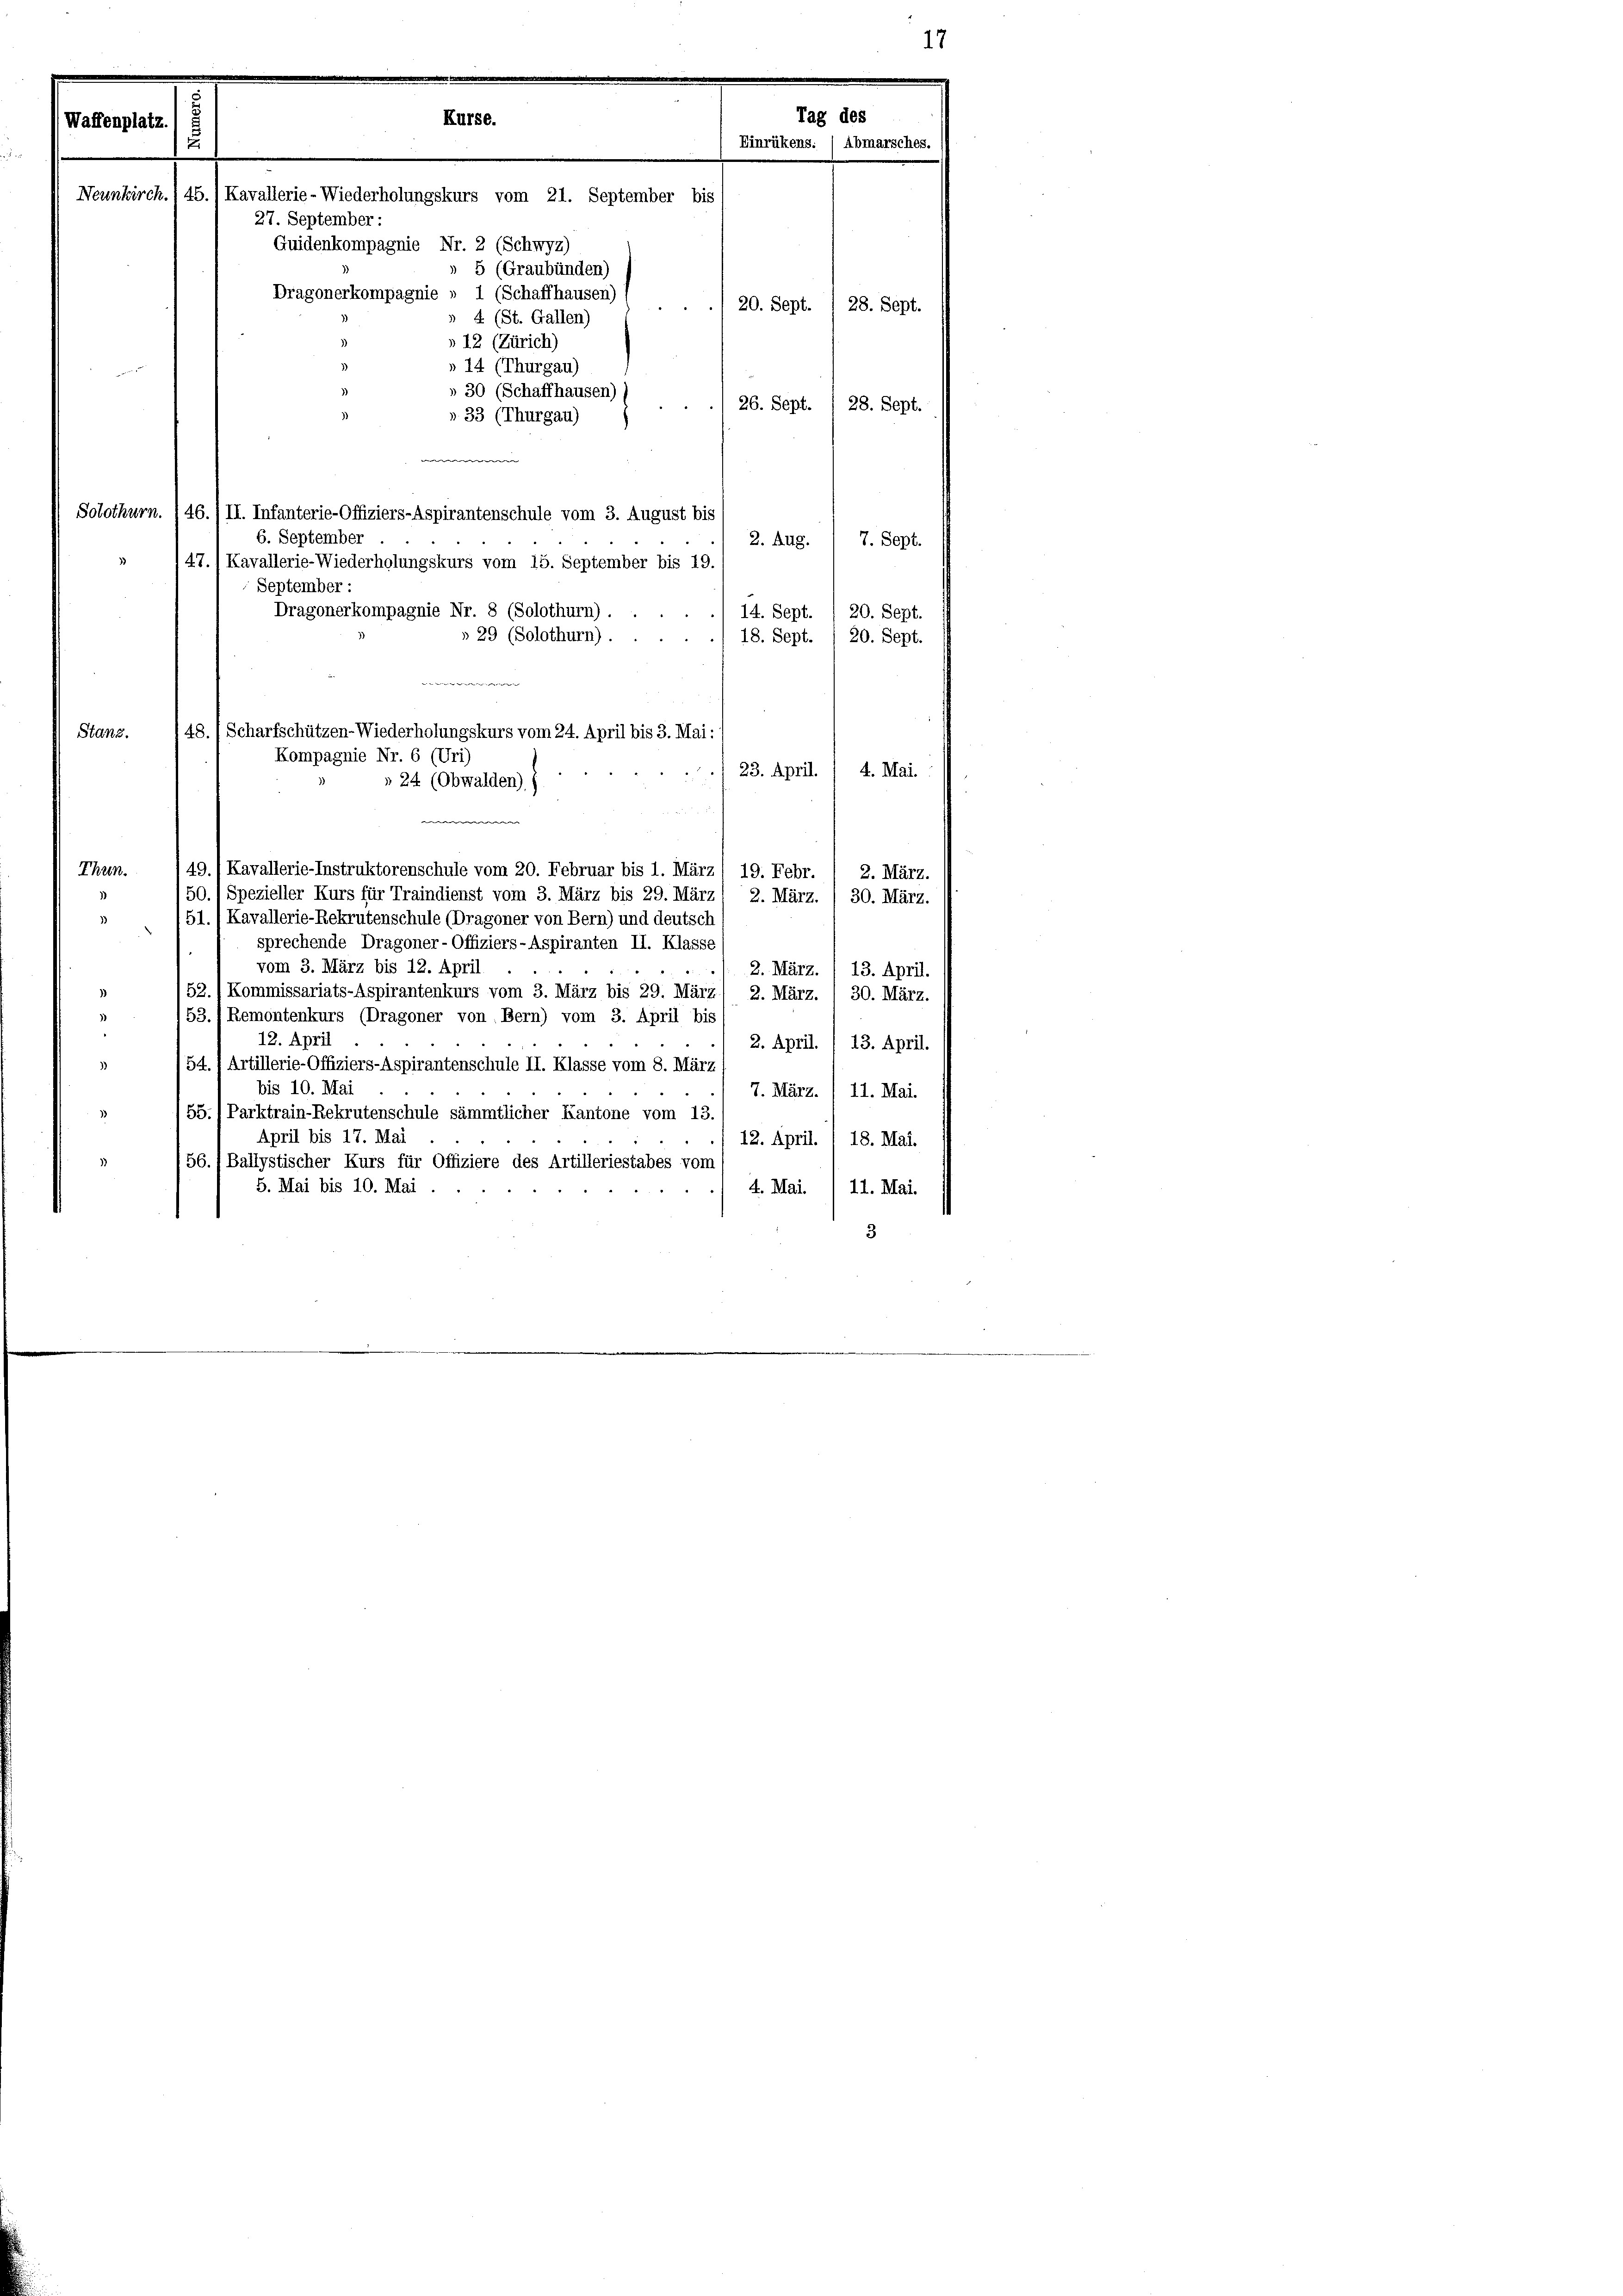
Waffenplatz.

Neunkirch

Kurse.
5 (Graubünden)
Dragonerkompagnie » 1 (Schaffhausen)
20. Sept. 1 28. Sept.
» 4 (St. Gallen)
»12 (Zürich)
» 14 (Thurgau)
» 30 (Schaffhausen)
26. Sept. 1 28. Sept.
» 33 (Thurgau)

1

45.) Kavallerie-Wiederholungskurs vom 21. September bis
27. September:
Quidenkompagnie Nr. 2 (Schwyz)

e
48./ Scharfschützen-Wiederholungskurs vom 24. April bis 3. Mai:
Kompagnie Nr. 6 (Uri)
» 24 (Obwalden)
e
49./ Kavallerie-Instruktorenschule vom 20. Februar bis 1. März

Tag des
Einrükens. (Abmarsches.

Solothurn. 146., II. Infanterie-Offiziers-Aspirantenschule vom 3. August bis
6. September
2. Aug.
7. Sept.
47. 1 Kavallerie-Wiederholungskurs vom 15. September bis 19.
September :
Dragonerkompagnie Nr. 8 (Solothurn).
14. Sept.
20. Sept.
» 29 (Solothurn).
18. Sept.
20. Sept.
Stanz.
4. Mai.
1 23. April.
Thun.
19. Febr.
2. März.
150. 1 Spezieller Kurs für Traindienst vom 3. März bis 29. März
2. März.
30. März.
51. / Kavallerie-Rekrutenschule (Dragoner von Bern) und deutsch
)
sprechende Dragoner-Offiziers-Aspiranten II. Klasse
vom 3. März bis 12. April
2. März.
13. April.
52./ Kommissariats-Aspirantenkurs vom 3. März bis 29. März
)
2. März.
30. März.
)
53.) Remontenkurs (Dragoner von Bern) vom 3. April bis
¬
12. April
2. April. / 13. April.
3)
54., Artillerie-Offiziers-Aspirantenschule II. Klasse vom 8. März
bis 10. Mai
7. März. I 11. Mai.
1
155. (Parktrain-Rekrutenschule sämmtlicher Kantone vom 13.
April bis 17. Mai
12. April. I 18. Mai.
56.) Ballystischer Kurs für Offiziere des Artilleriestabes vom
5. Mai bis 10. Mai.
4. Mai. 11. Mai.
3